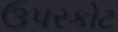
ઉપરકોટ